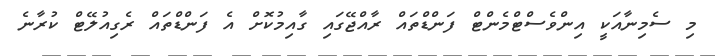
މި ސެމިނާއަކީ އިންވެސްޓްމެންޓް ފަންޑްތައް ރާއްޖޭގައި ގާއިމުކޮށް އެ ފަންޑްތައް ރެގިއުލޭޓް ކުރާނެ